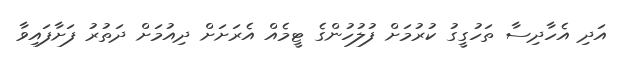
އަދި އެހާދިސާ ތަހުގީގު ކުރުމަށް ފުލުހުންގެ ޓީމެއް އެރަށަށް ދިއުމަށް ދަތުރު ފަށާފައިވާ